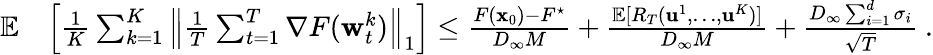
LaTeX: \begin{array}{rl}{\mathop{\mathbb{E}}}&{\left[\frac{1}{K}\sum_{k=1}^{K}\left\| \frac{1}{T}\sum_{t=1}^{T}\nabla F({\mathbf w}_{t}^{k})\right\| _{1}\right]\le\frac{F({\mathbf x}_{0})-F^{\star}}{D_{\infty}M}+\frac{\mathop{\mathbb{E}}[R_{T}(\mathbf{u}^{1},\dots,\mathbf{u}^{K})]}{D_{\infty}M}+\frac{D_{\infty}\sum_{i=1}^{d}\sigma_{i}}{\sqrt{T}}~.}\end{array}